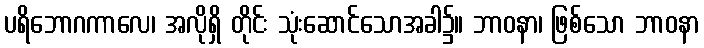
ပရိဘောဂကာလေ၊ အလိုရှိ တိုင်း သုံးဆောင်သောအခါ၌။ ဘာဝနာ၊ ဖြစ်သော ဘာဝနာ